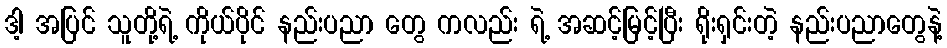
ဒါ့ အပြင် သူတို့ရဲ့ ကိုယ်ပိုင် နည်းပညာ တွေ ကလည်း ရဲ့ အဆင့်မြင့်ပြီး ရိုးရှင်းတဲ့ နည်းပညာတွေနဲ့